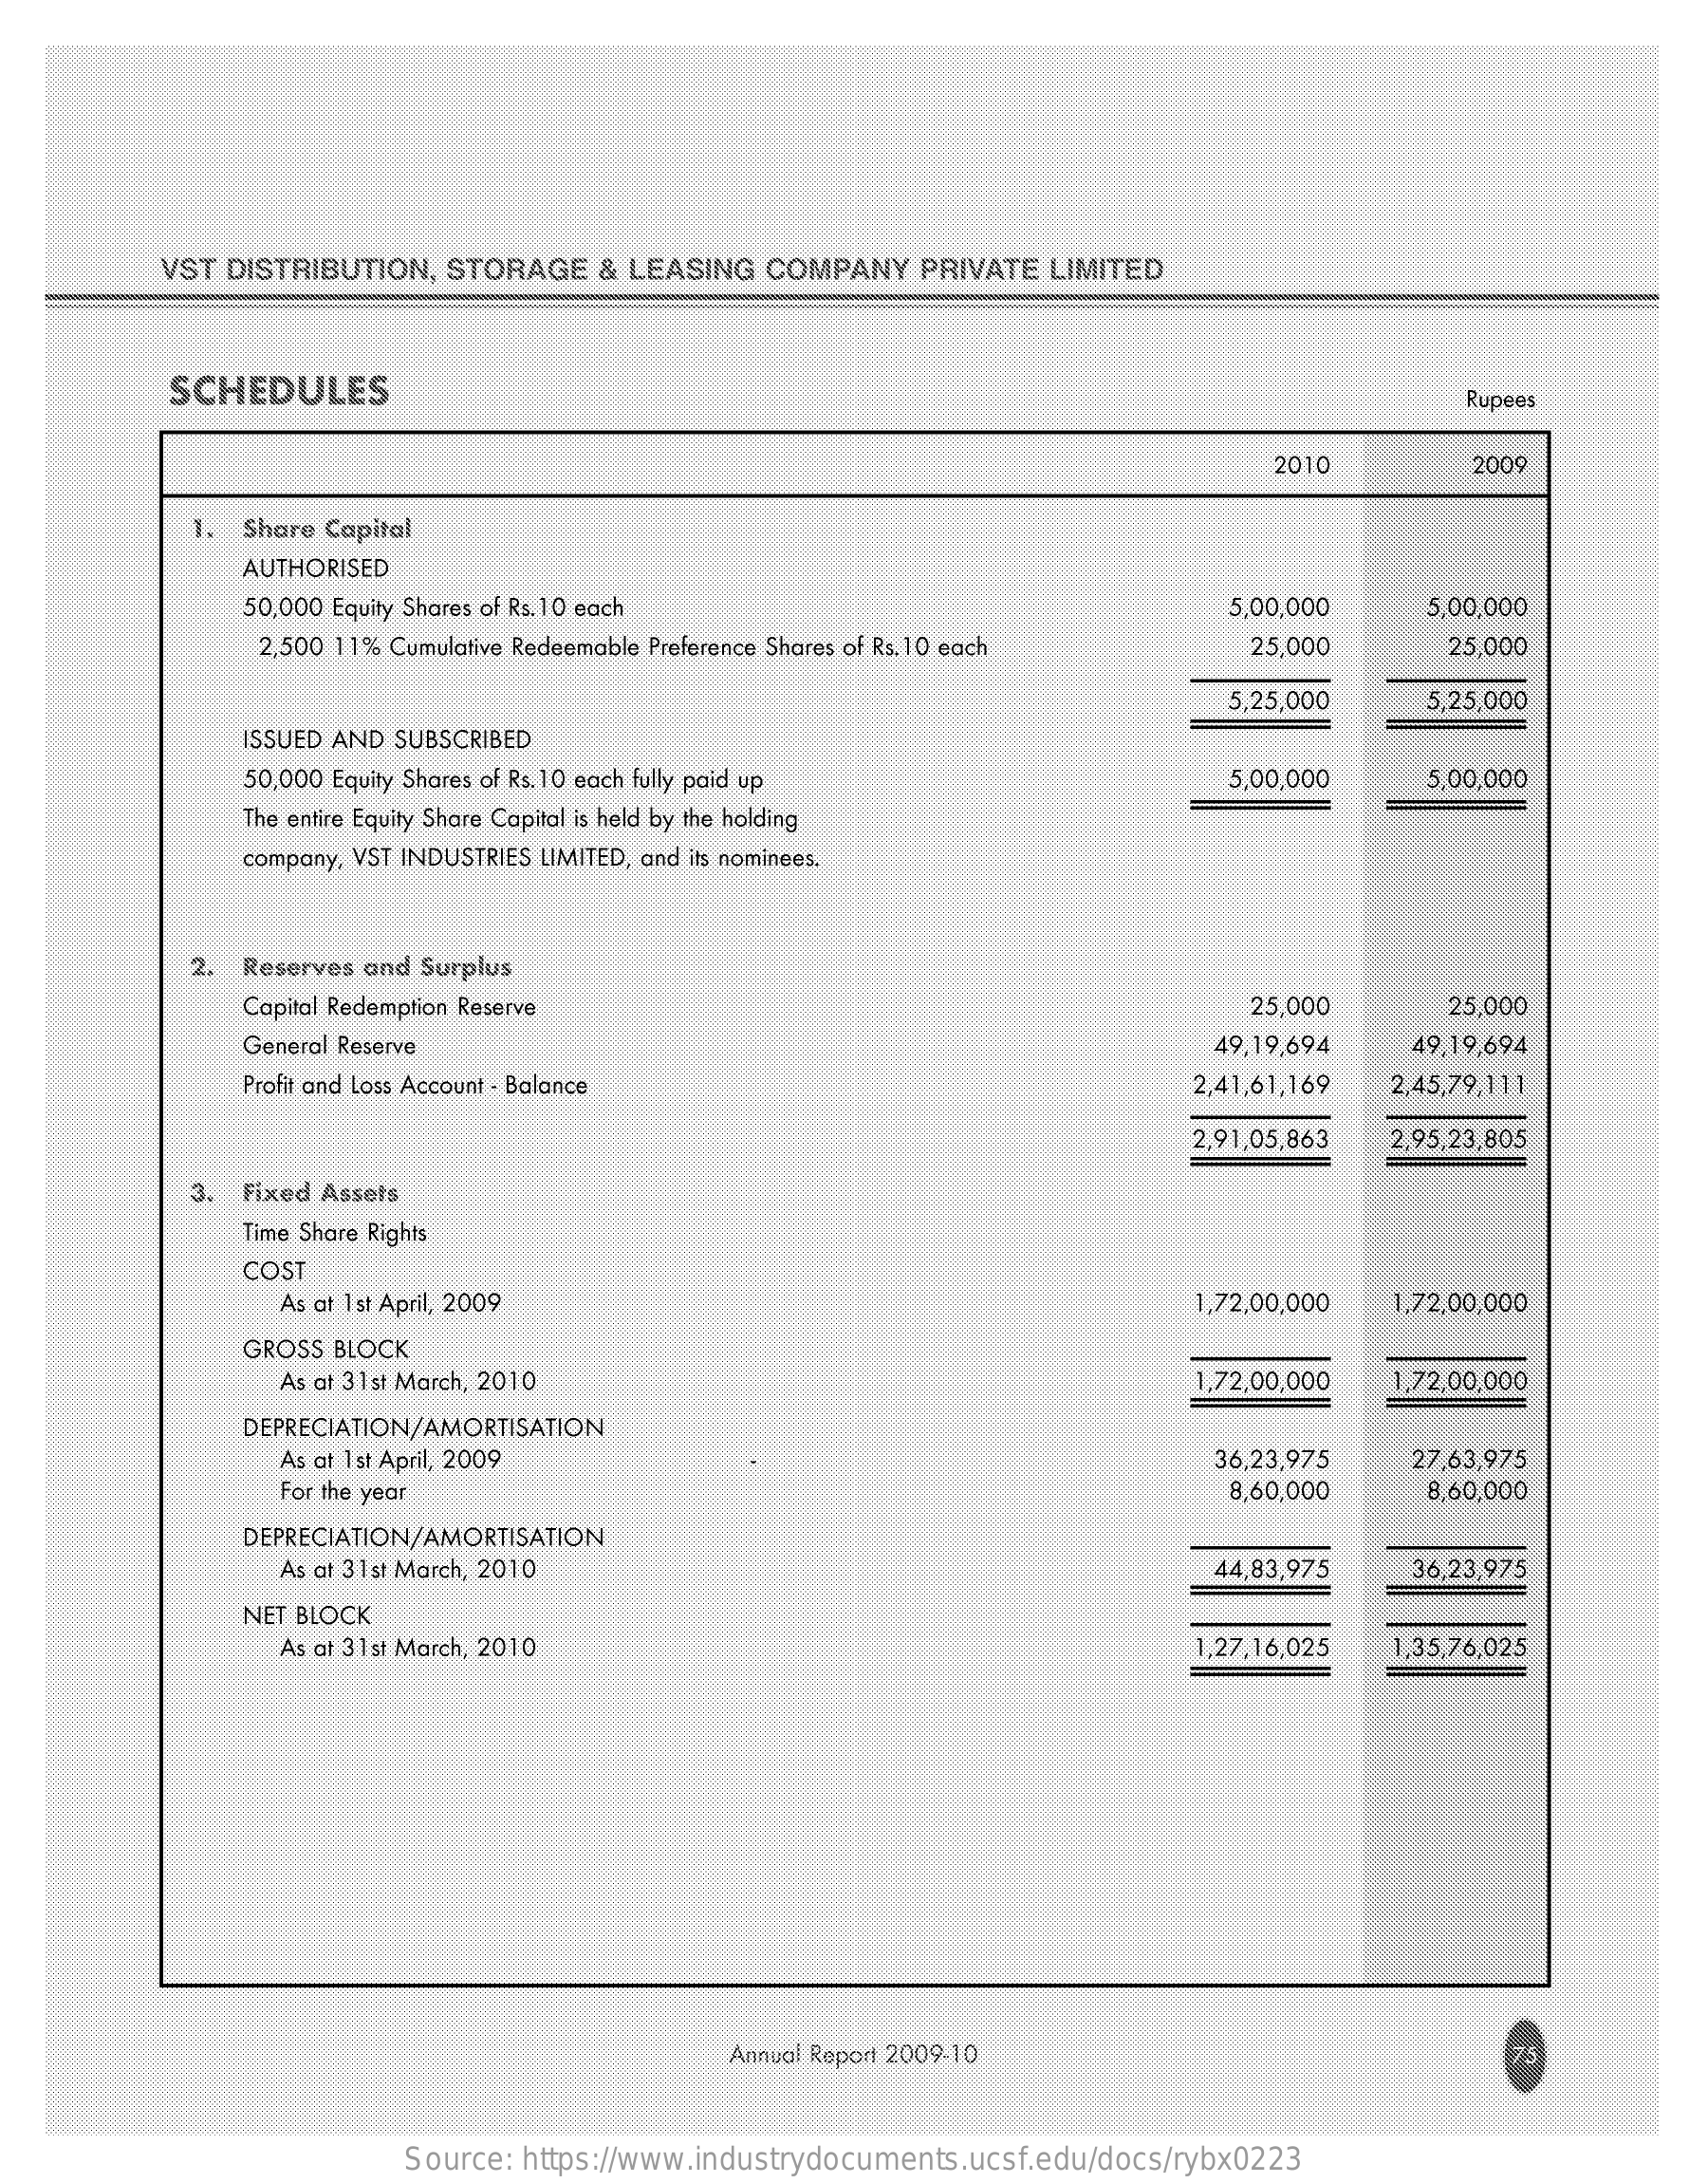
VST DISTRIBUTION, STORAGE & LEASING COMPANY PRIVATE LIMITED
     SCHEDULES    Rupees
     2010    2009
     1. Share Capital
     AUTHORISED
     50,000 Equity Shares of Rs. 10 each    5,00,000   5,00,000
     2,500 11% Cumulative Redeemable Preference Shares of Rs. 10 each 25,000 25,000
     5,25,000   5,25,000
     ISSUED AND SUBSCRIBED
     50,000 Equity Shares of Rs. 10 each fully paid up   5,00,000   5,00,000
     The entire Equity Share Capital is held by the holding
     company, VST INDUSTRIES LIMITED, and its nominees.
     2. Reserves and Surplus
     Capital Redemption Reserve    25,000    25,000
     General Reserve    49,19,694 49,19,694
     Profit and Loss Account - Balance    2,41,61,169 2,45,79,111
     2,91,05,863 2,95,23,805
     3. Fixed Assets
     Time Share Rights
     COST
     As at 1 st April, 2009    1,72,00,000 1,72,00,000
     GROSS BLOCK
     As at 31st March, 2010    1,72,00,000 1,72,00,000
     DEPRECIATION/AMORTISATION
     As at 1 st April, 2009    36,23,975 27,63,975
     For the year    8,60,000   8,60,000
     DEPRECIATION/AMORTISATION
     As at 31st March, 2010    44,83,975  36,23,975
     NET BLOCK
     As at 31st March, 2010    1,27,16,025 1,35,76,025
     Annual Report 2009-10    75
     Source: https://www.industrydocuments.ucsf.edu/docs/rybx0223